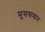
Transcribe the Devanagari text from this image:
मुससमान